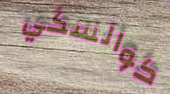
كوالسكي